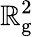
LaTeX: \mathbb{R}_{\mathrm{{g}}}^{2}